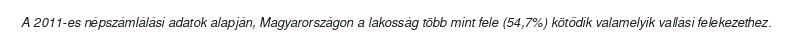
A 2011-es népszámlálási adatok alapján, Magyarországon a lakosság több mint fele (54,7%) kötődik valamelyik vallási felekezethez.